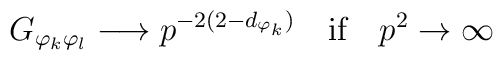
G_{\varphi_k \varphi_l} \longrightarrow p ^{-2 (2-d_{\varphi_k})}\quad \mbox{if} \quad p^2 \to \infty